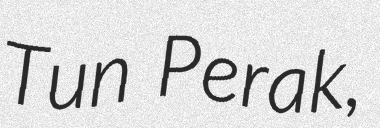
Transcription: Tun Perak,